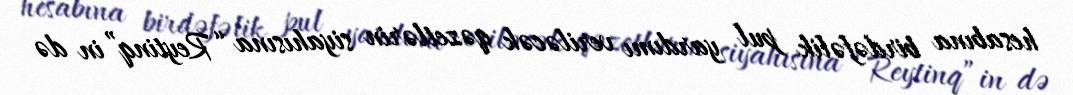
hesabına birdəfəlik pul yardımı veriləcək qəzetlərin siyahısına “Reytinq”in də